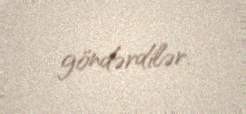
göndərdilər.